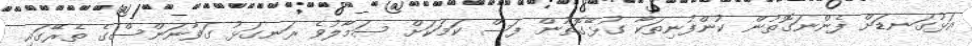
އަޅުގަނޑަށް ފެންނަގޮތުން ކުންފުނިތަކާ ގުޅޭގޮތުން ފަސް ކަމަކަށް ސަމާލުވެ ރަނގަޅު ގަވާނަންސްގެ ތެރޭގައި